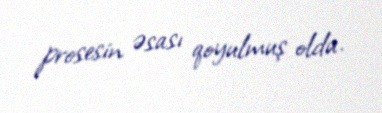
prosesin əsası qoyulmuş oldu.